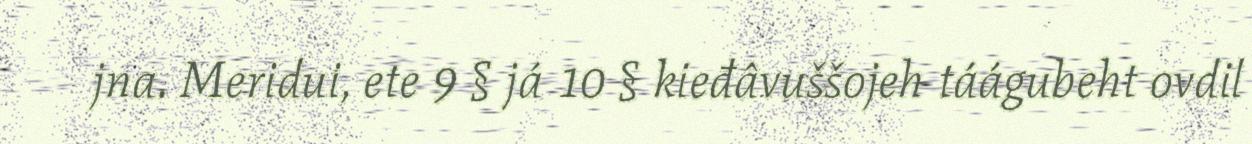
jna. Meridui, ete 9 § já 10 § kieđâvuššojeh táágubeht ovdil